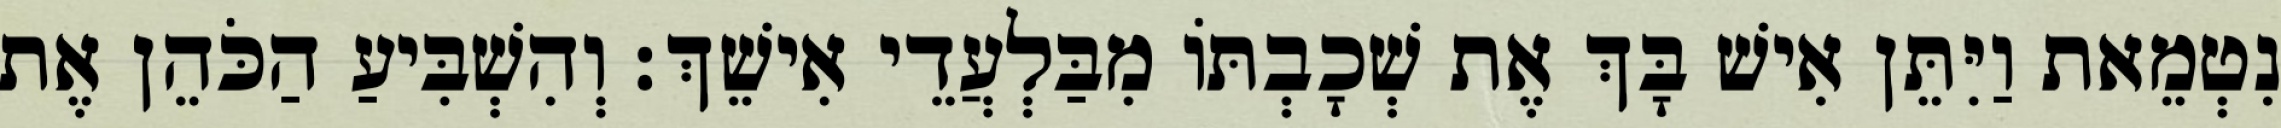
נִטְמֵאת וַיִּתֵּן אִישׁ בָּךְ אֶת שְׁכָבְתּוֹ מִבַּלְעֲדֵי אִישֵׁךְ׃ וְהִשְׁבִּיעַ הַכֹּהֵן אֶת